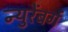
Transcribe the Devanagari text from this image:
न्युरेंबर्ग